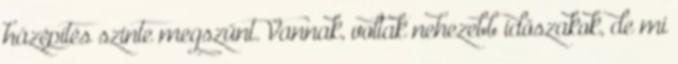
házépítés szinte megszűnt. Vannak, voltak nehezebb időszakok, de mi